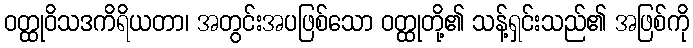
ဝတ္ထုဝိသဒကိရိယတာ၊ အတွင်းအပဖြစ်သော ဝတ္ထုတို့၏ သန့်ရှင်းသည်၏ အဖြစ်ကို